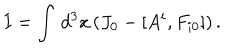
I = \int \, d ^ { 3 } x \, ( J _ { 0 } - [ A ^ { i } , F _ { i 0 } ] ) \, .